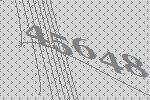
45648